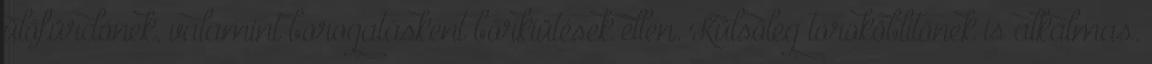
ülőfürdőnek, valamint borogatásként bőrkiütések ellen. Külsőleg toroköblítőnek is alkalmas.